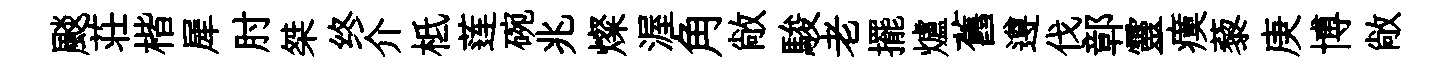
颷荘楷犀肘桀终介柢莲碗兆燦渥角敞駿老擺爐舊遵伐鄣靈瘼藜庚博敞